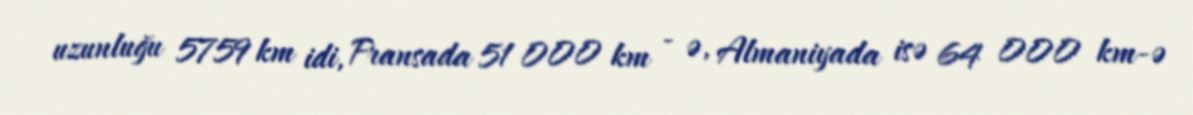
uzunluğu 5759 km idi, Fransada 51 000 km - ə, Almaniyada isə 64 000 km-ə